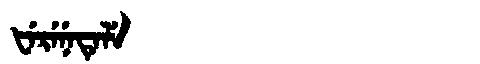
Manchu: ᡶᡝᡵᡝᠨᡝᡨᡝᠯᡝ
Romanization: FERENETELE